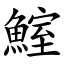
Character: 鰘